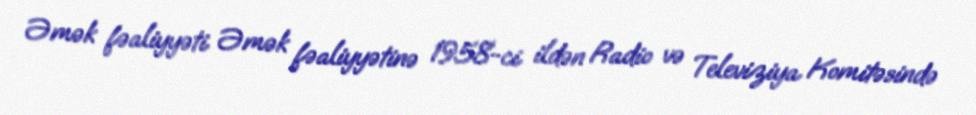
Əmək fəaliyyəti Əmək fəaliyyətinə 1958-ci ildən Radio və Televiziya Komitəsində